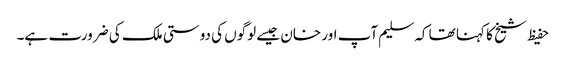
حفیظ شیخ کا کہنا تھا کہ سلیم آپ اور خان جیسے لوگوں کی دوستی ملک کی ضرورت ہے۔